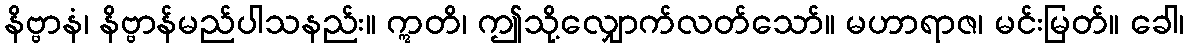
နိဗ္ဗာနံ၊ နိဗ္ဗာန်မည်ပါသနည်း။ ဣတိ၊ ဤသို့လျှောက်လတ်သော်။ မဟာရာဇ၊ မင်းမြတ်။ ခေါ၊